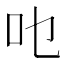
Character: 𱑿